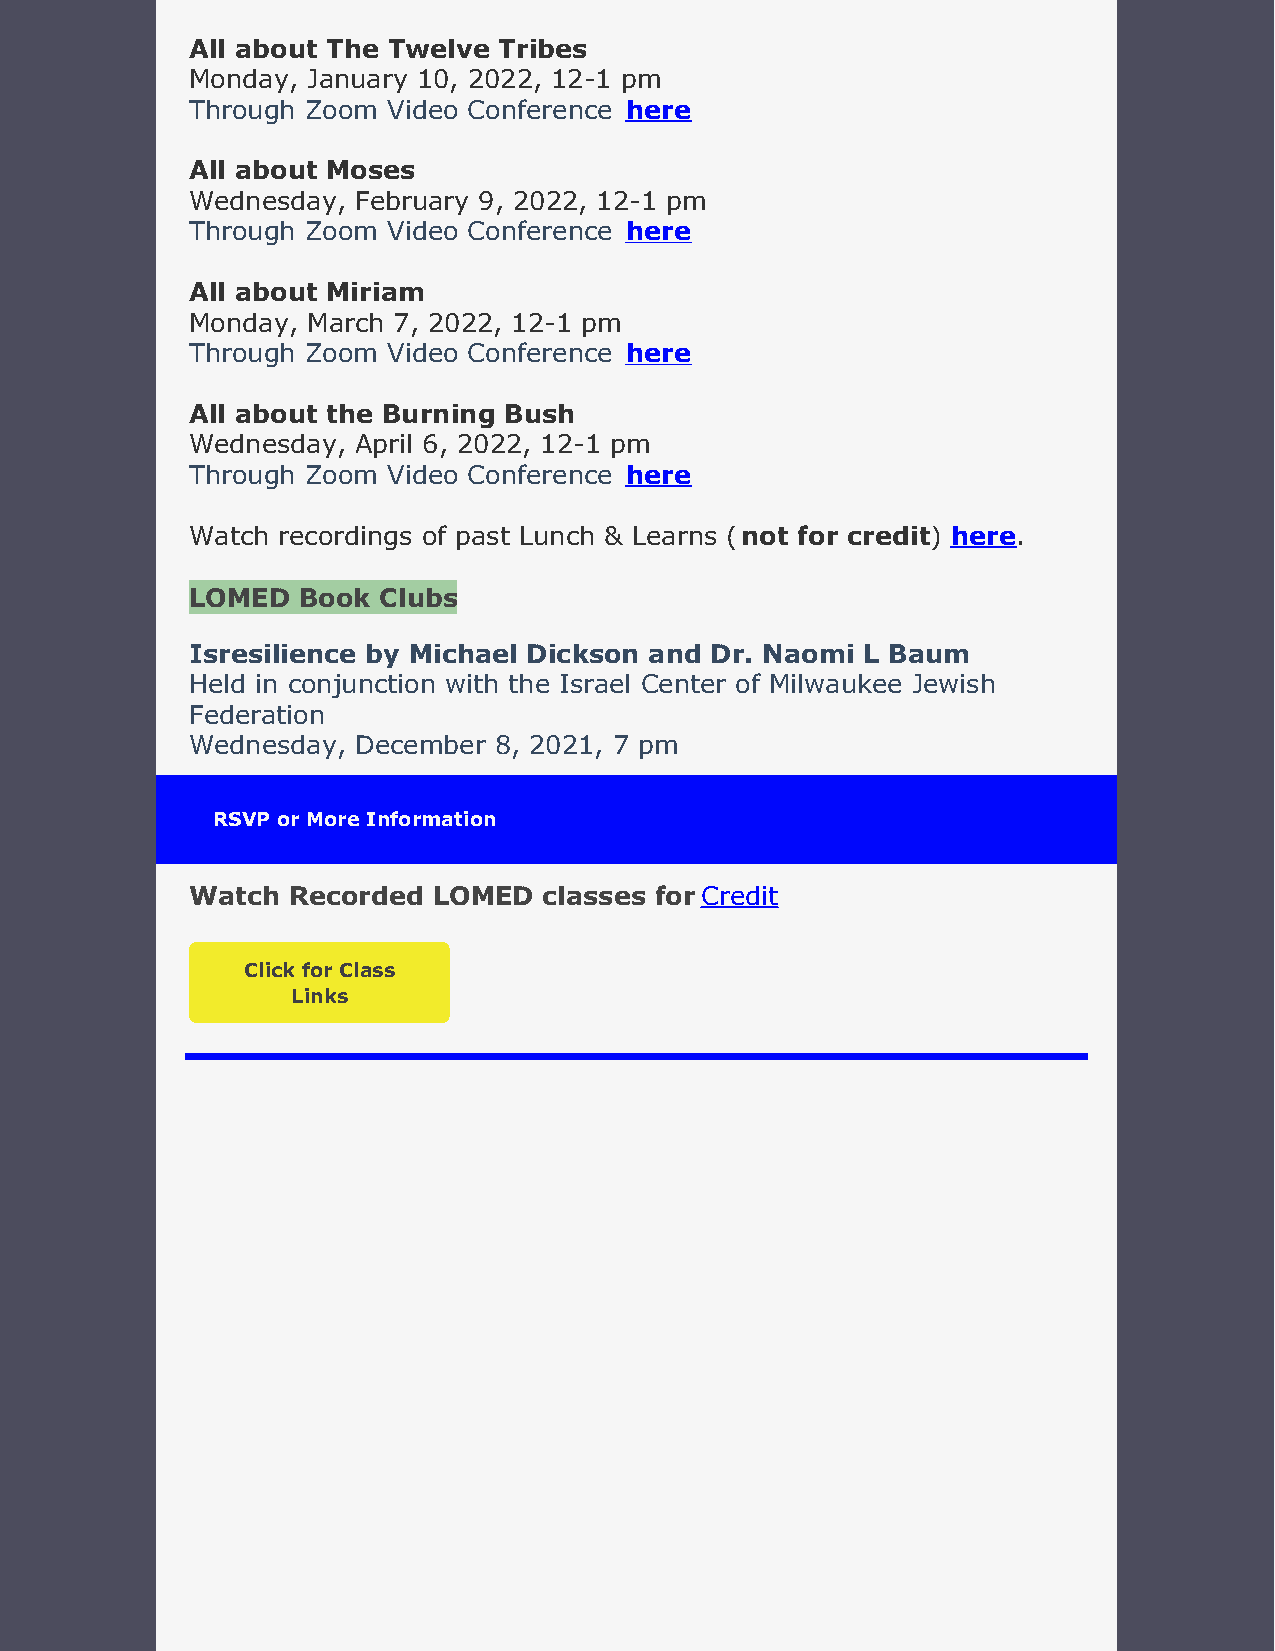
All about The Twelve Tribes
 Monday, January 10, 2022, 12-1 pm
 Through Zoom Video Conference here
 All about Moses
 Wednesday, February 9, 2022, 12-1 pm
 Through Zoom Video Conference here
 All about Miriam
 Monday, March 7, 2022, 12-1 pm
 Through Zoom Video Conference here
 All about the Burning Bush
 Wednesday, April 6, 2022, 12-1 pm
 Through Zoom Video Conference here
 Watch recordings of past Lunch & Learns (not for credit) here.
 LOMED  Book Clubs
 Isresilience by Michael Dickson and Dr. Naomi L Baum
 Held in conjunction with the Israel Center of Milwaukee Jewish
 Federation
 Wednesday, December 8, 2021, 7 pm
 RSVP or More Information
 Watch Recorded  LOMED  classes for Credit
 Click for Class
 Links